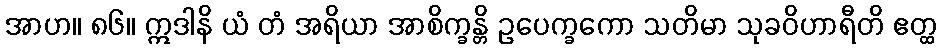
အာဟ။ ၈၆။ ဣဒါနိ ယံ တံ အရိယာ အာစိက္ခန္တိ ဥပေက္ခကော သတိမာ သုခဝိဟာရီတိ ဧတ္ထ